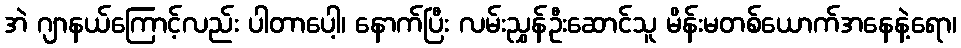
အဲ ဂျာနယ်ကြောင့်လည်း ပါတာပေါ့၊ နောက်ပြီး လမ်းညွှန်ဦးဆောင်သူ မိန်းမတစ်ယောက်အနေနဲ့ရော၊